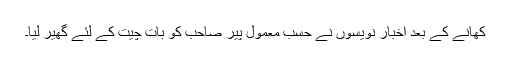
کھانے کے بعد اخبار نویسوں نے حسب معمول پیر صاحب کو بات چیت کے لئے گھیر لیا۔